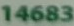
14683